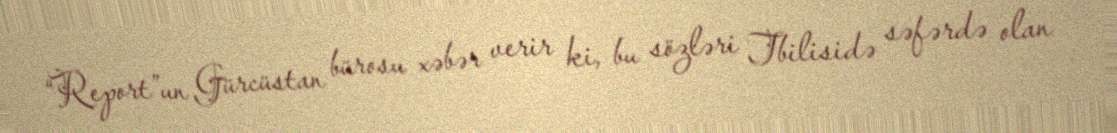
“Report”un Gürcüstan bürosu xəbər verir ki, bu sözləri Tbilisidə səfərdə olan